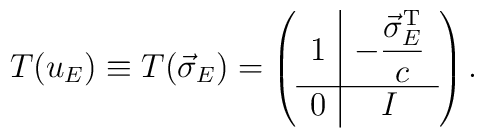
T(u_E)\equiv T(\vec\sigma_E)=\left(\begin{array}{c|c}1&\displaystyle-\frac{\vec\sigma^{\rm T}_E}{c}\\[1ex]\hline0&I\end{array}\right).